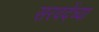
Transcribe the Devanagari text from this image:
सरवदेंच्या